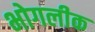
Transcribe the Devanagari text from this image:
भोगलीक